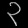
Digit: ၃